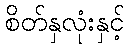
စိတ်နှလုံးနှင့်